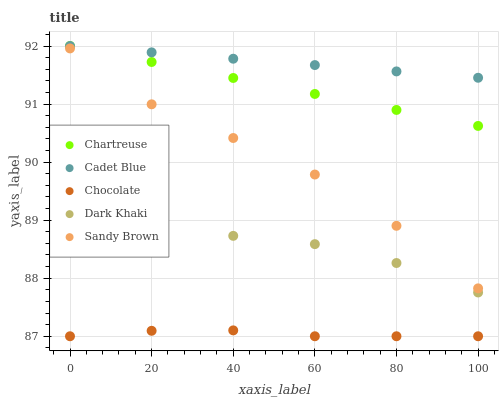
| xaxis_label | Chartreuse | Cadet Blue | Chocolate | Dark Khaki | Sandy Brown |
 | --- | --- | --- | --- | --- | --- |
 | 0 | 92 | 92 | 87 | 88.5 | 92 |
 | 20 | 91.7 | 91.9 | 87.1 | 88.7 | 91 |
 | 40 | 91.4 | 91.8 | 87.1 | 88.7 | 90.4 |
 | 60 | 91.2 | 91.7 | 87 | 88.6 | 89.8 |
 | 80 | 90.9 | 91.6 | 87 | 88.3 | 88.9 |
 | 100 | 90.6 | 91.5 | 87 | 87.8 | 87.8 |